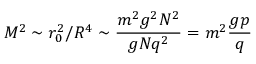
M ^ { 2 } \sim r _ { 0 } ^ { 2 } / R ^ { 4 } \sim \frac { m ^ { 2 } g ^ { 2 } N ^ { 2 } } { g N q ^ { 2 } } = m ^ { 2 } \frac { g p } { q }